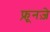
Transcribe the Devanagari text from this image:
फ़्रूनज़े